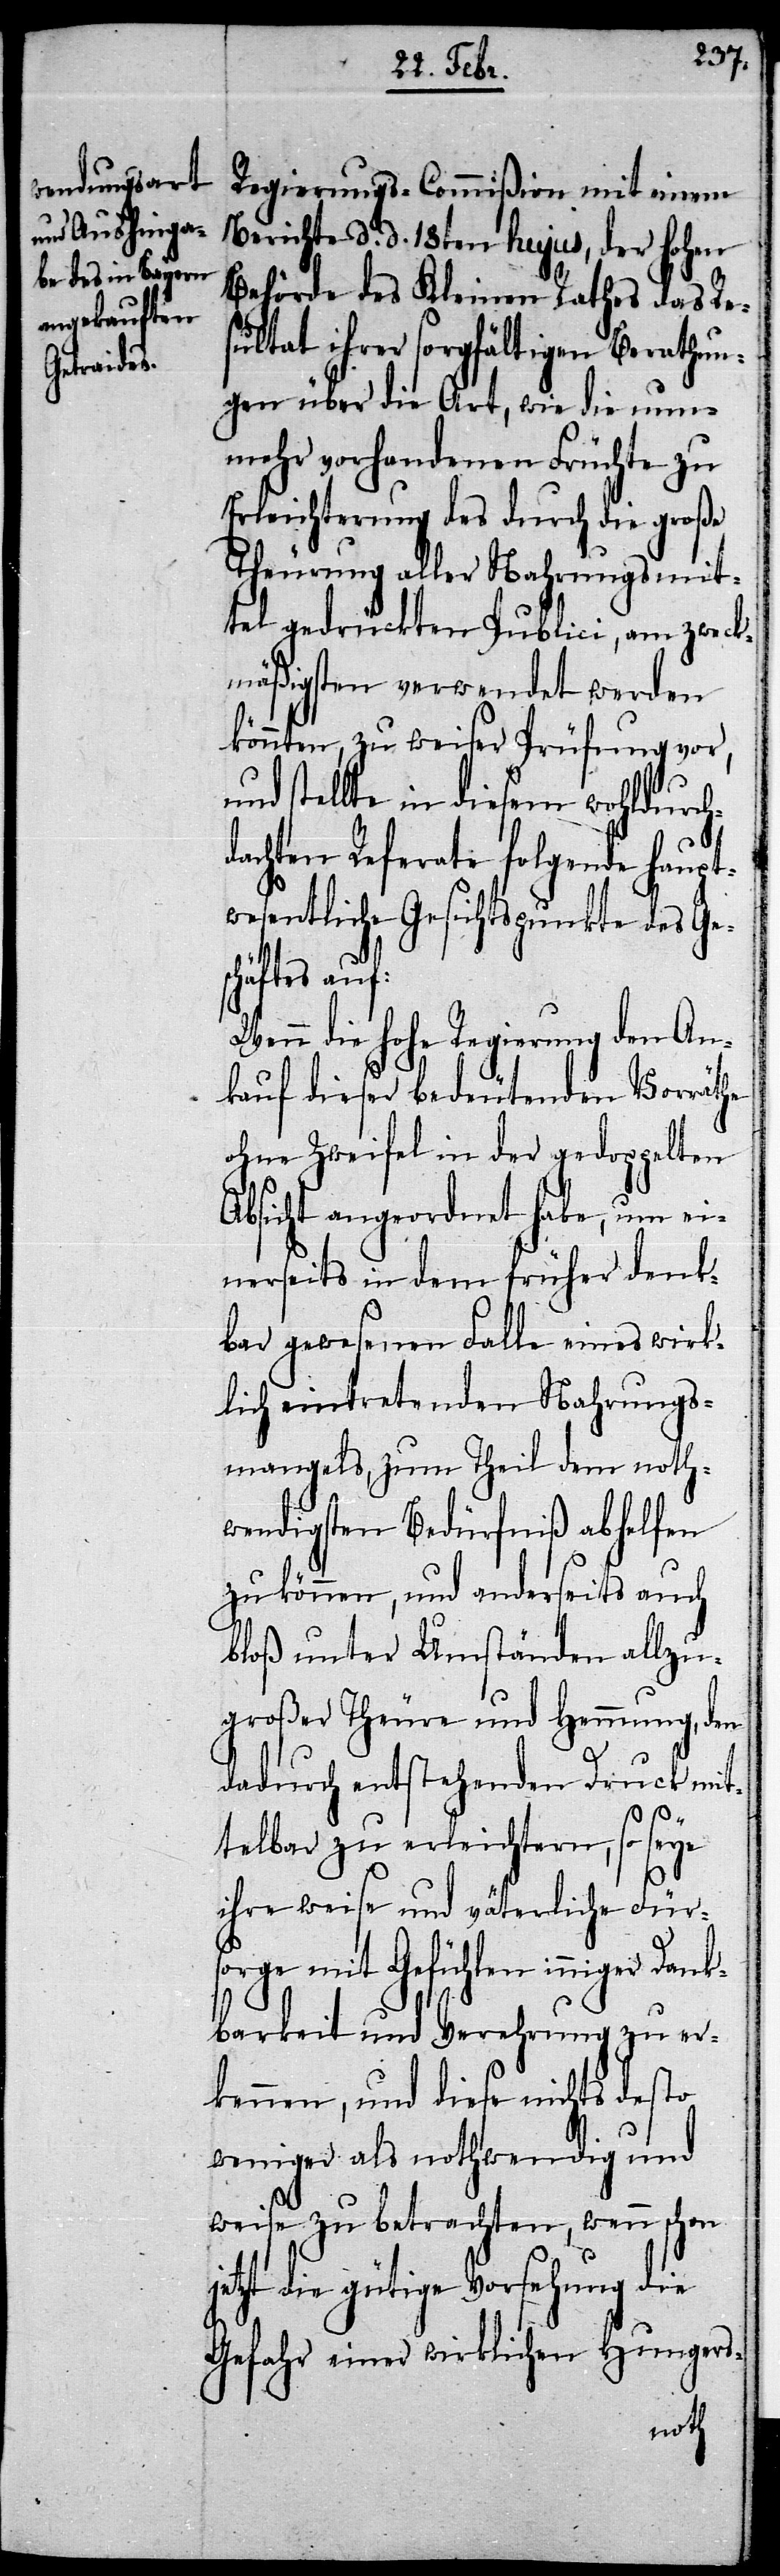
Regierungs-Commißion mit einem
Berichte d. d. 18ten hujus, der hohen
Behörde des Kleinen Rathes das Res¬
ultat ihrer sorgfältigen Berathun¬
gen über die Art, wie die nun¬
mehr vorhandenen Früchte zu
Erleichterung des durch die große
Theurung aller Nahrungsmit¬
tel gedrückten Publici, am zweck¬
mäßigsten verwendet werden
könnten, zu weiser Prüfung vor,
und stellte in diesem wohldurch¬
dachten Referate folgende haupt¬
wesentliche Gesichtspunkte des Ge¬
schäftes auf:
Wenn die hohe Regierung den An¬
kauf dieser bedeutenden Vorräthe
ohne Zweifel in der gedoppelten
Absicht angeordnet habe, um ei¬
nerseits in dem früher denk¬
bar gewesenen Falle eines wirk¬
lich eintretenden Nahrungs¬
mangels, zum Theil dem noth¬
wendigsten Bedürfniß abhelfen
zu können, und anderseits auch
bloß unter Umständen allzu¬
großer Theure und Hemmung, den
dadurch entstehenden Druck mit¬
telbar zu erleichtern, so seye
ihre weise und väterliche Fürs¬
orge mit Gefühlen inniger Dank¬
barkeit und Verehrung zu er¬
kennen, und diese nichts desto
weniger als nothwendig und
weise zu betrachten, wenn schon
jetzt die gütige Vorsehung die
Gefahr einer wirklichen Hungers-